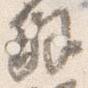
解